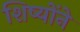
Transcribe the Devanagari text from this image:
शिष्योंने